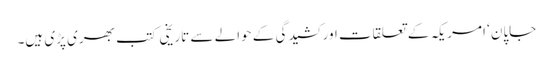
جاپان ‘ امریکہ کے تعلقات اور کشیدگی کے حوالے سے تاریخی کتب بھری پڑی ہیں۔